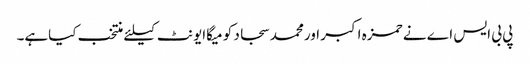
پی بی ایس اے نے حمزہ اکبر اورمحمد سجاد کو میگاایونٹ کیلئے منتخب کیاہے۔